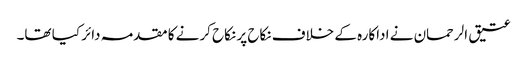
عتیق الرحمان نے اداکارہ کے خلاف نکاح پر نکاح کرنے کا مقدمہ دائر کیا تھا۔